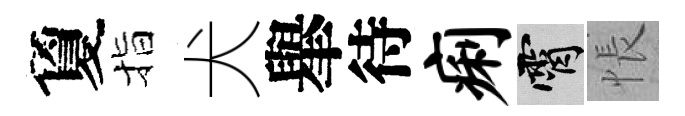
夐指犬𦦙待痢霄悵